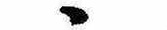
ゝ